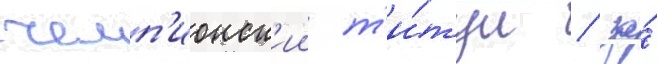
чемп'ионск'ии т'и́тул / за́